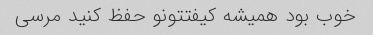
خوب بود همیشه کیفتتونو حفظ کنید مرسی